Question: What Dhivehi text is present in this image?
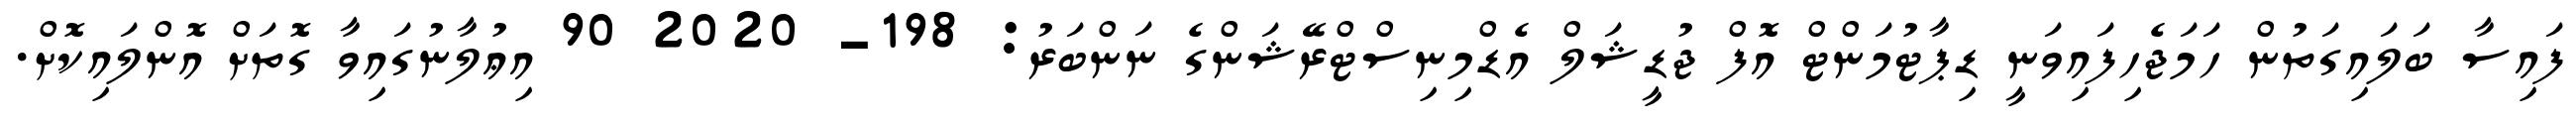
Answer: ފައިސާ ބަލައިގަތުން ހަމަޖެހިފައިވަނީ ޑިޕާޓުމަންޓް އޮފް ޖުޑީޝަލް އެޑްމިނިސްޓްރޭޝަންގެ ނަންބަރު: 198- 2020 90 އިޢުލާނުގައިވާ ގޮތަށް އޮންލައިކޮށް.